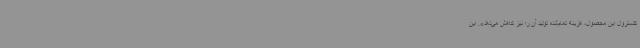
کلسترول این محصول، هزینه تمام‌شده تولید آن را نیز کاهش می‌دهد». این